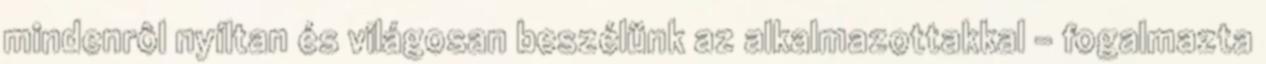
mindenrôl nyíltan és világosan beszélünk az alkalmazottakkal – fogalmazta